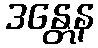
ဒန္တေန